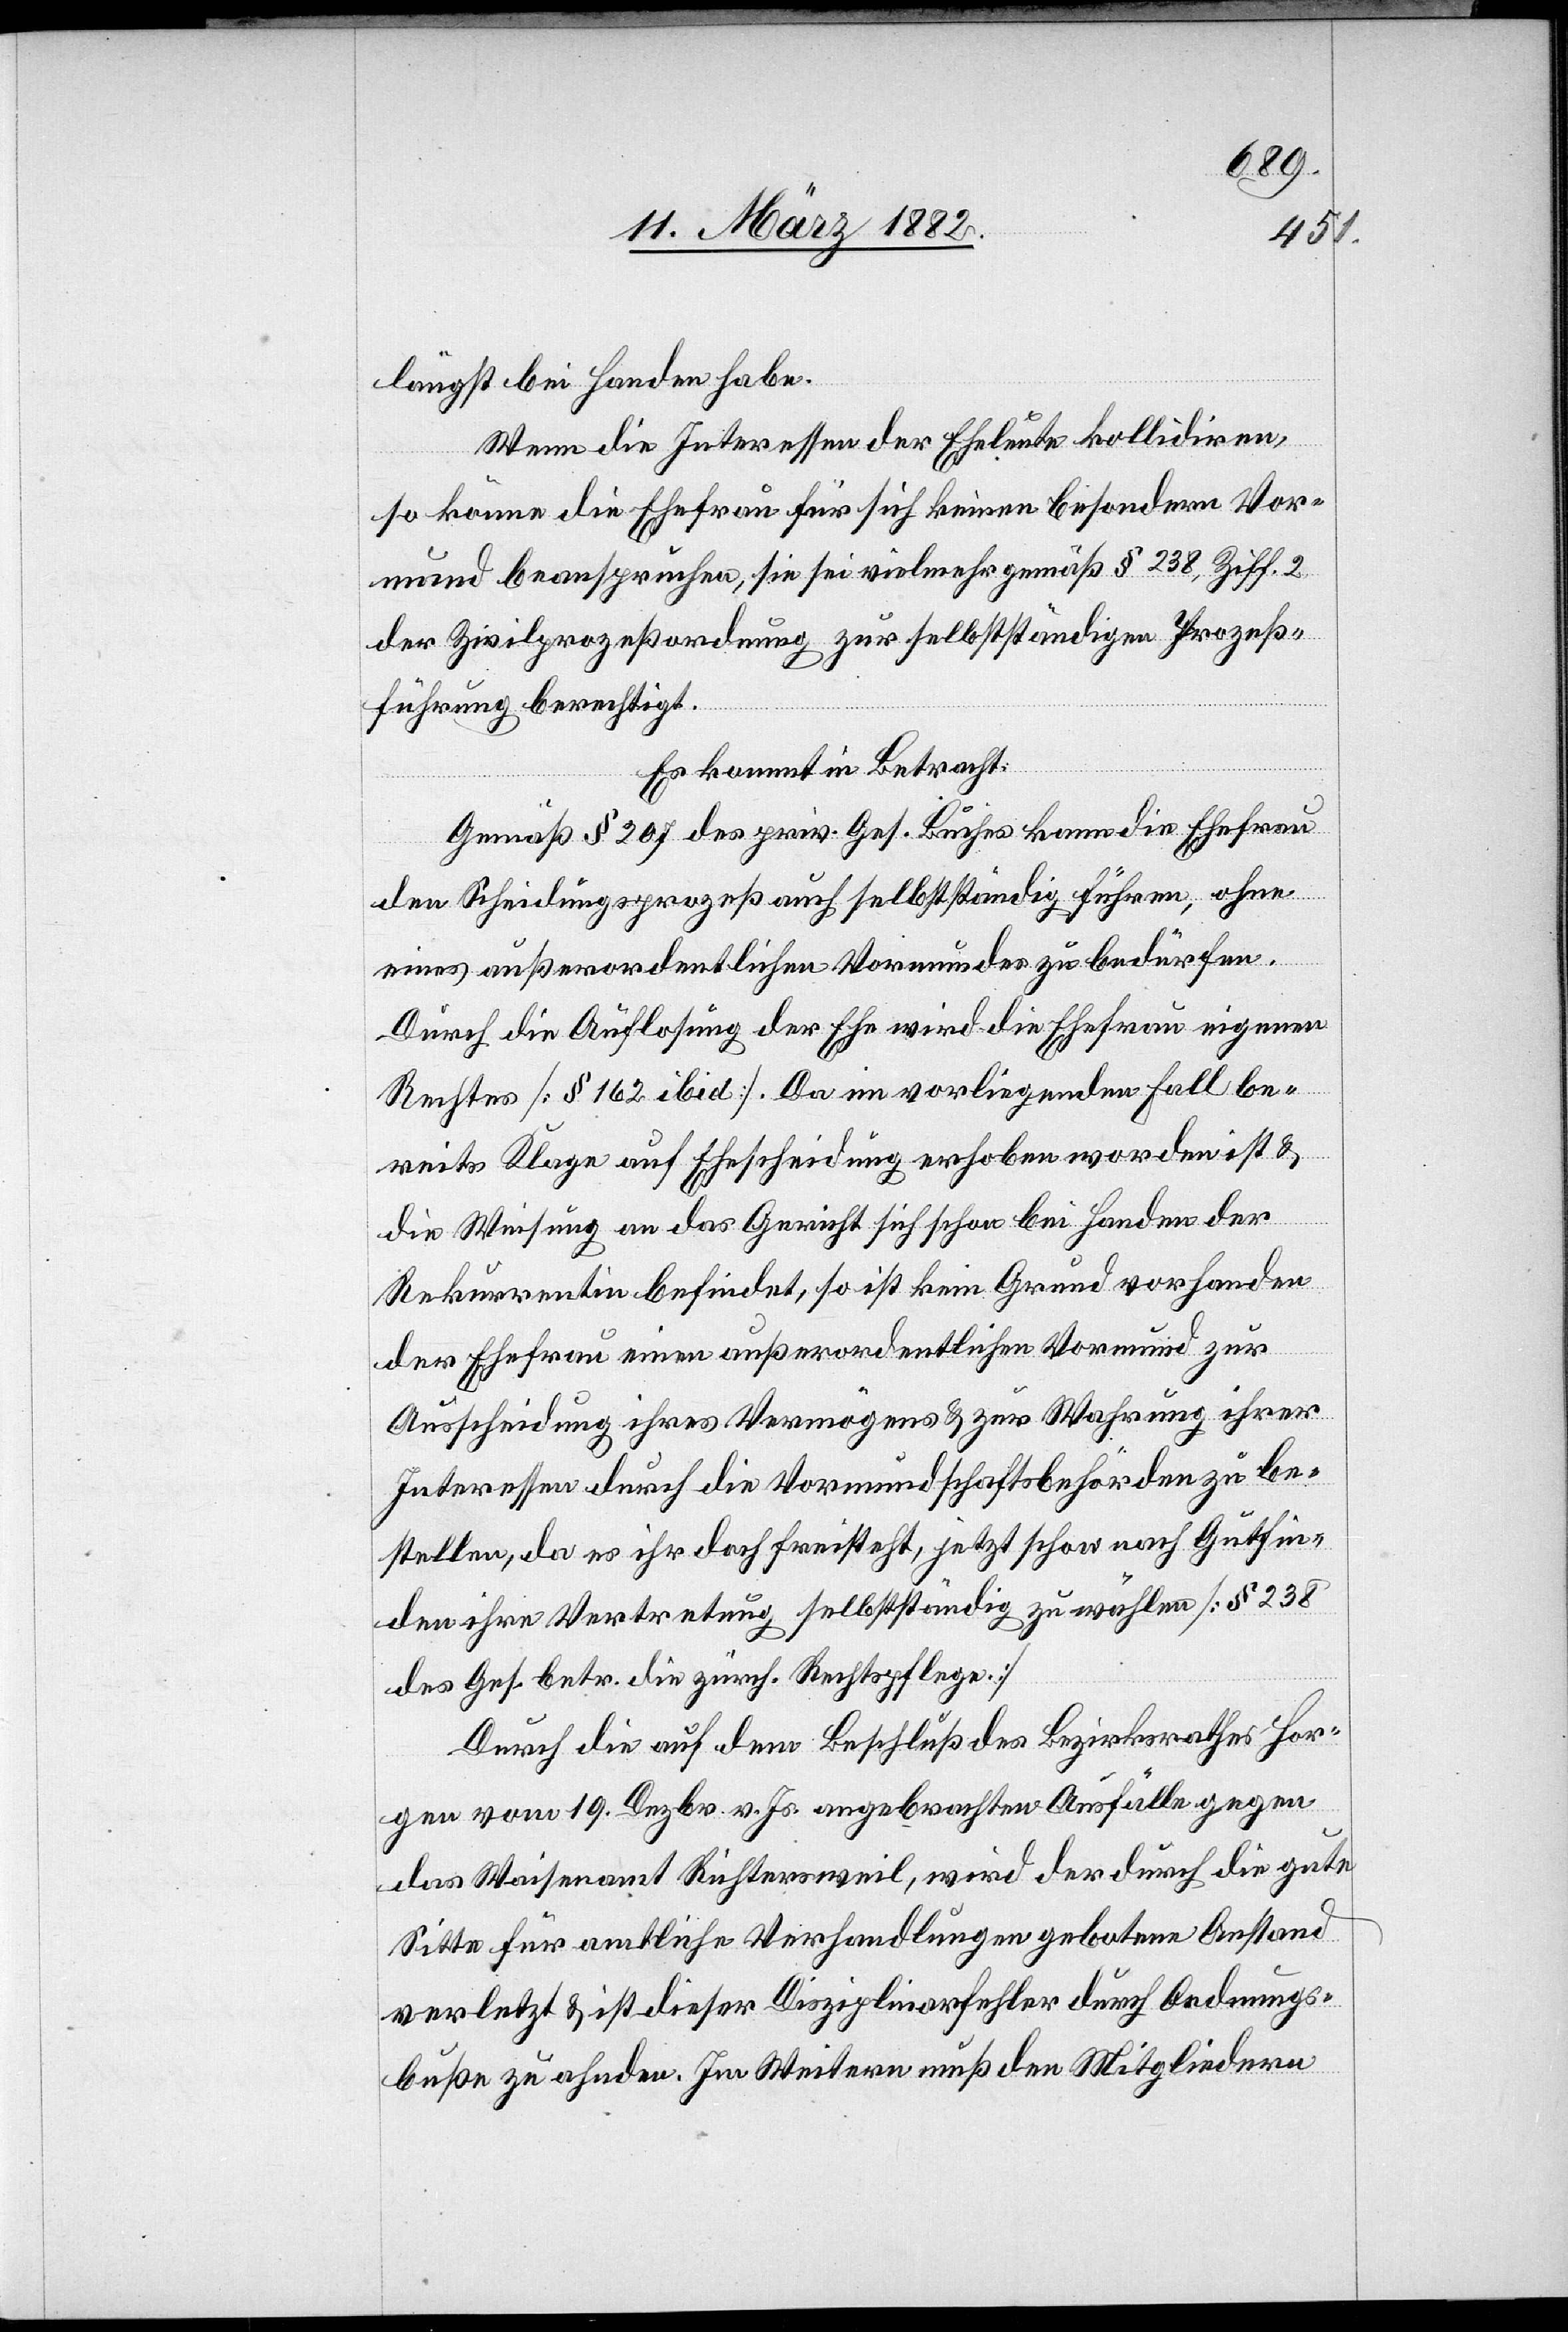
längst bei Handen habe.
Wenn die Interessen der Eheleute kollidiren,
so könne die Ehefrau für sich keine besonderen Vor¬
mund beanspruchen, sie sei vielmehr gemäß § 238, Ziff. 2
der Zivilprozeßordnung zur selbständigen Prozeß¬
führung berechtigt.
Es kommt in Betracht:
Gemäß § 207 des priv. Ges. Buches kann die Ehefrau
den Scheidungsprozeß auch selbständig führen, ohne
eines außerordentlichen Vormundes zu bedürfen.
Durch die Auflösung der Ehe wird die Ehefrau eigenen
Rechtes [§ 162 ibid.]. Da im vorliegenden Fall be¬
reits Klage auf Ehescheidung erhoben worden ist &
die Weisung an das Gericht sich schon bei Handen der
Rekurrentin befindet, so ist kein Grund vorhanden
der Ehefrau einen außerordentlichen Vormund zur
Ausscheidung ihres Vermögens & zur Wahrung ihrer
Interessen durch die Vormundschaftsbehörden zu be¬
stellen, da es ihr doch freisteht, jetzt schon nach Gutfin¬
den ihre Vertretung selbständig zu wählen [§ 238
des Ges. betr. die zürch. Rechtspflege.]
Durch die auf dem Beschluß des Bezirksrathes Hor¬
gen vom 19. Dezbr. v. Js. angebrachten Ausfälle gegen
das Waisenamt Richtersweil, wird der durch die gute
Sitte für amtliche Verhandlungen gebotene Anstand
verletzt & ist dieser Disziplinarfehler durch Ordnungs¬
bußen zu ahnden. Im Weiteren muß den Mitgliedern